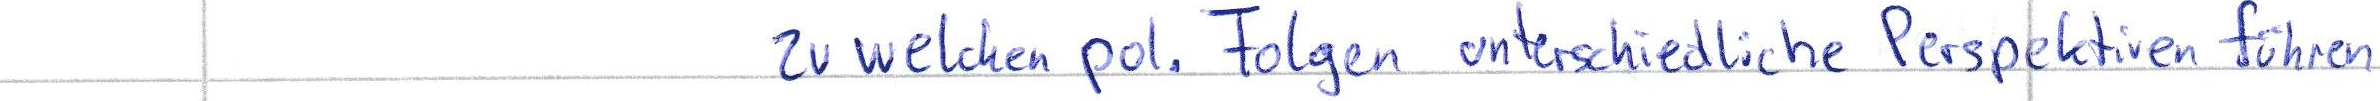
zu welchen pol. Folgen unterschiedliche Perspektiven führen